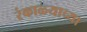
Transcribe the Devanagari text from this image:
रंकाळ्याच्या